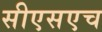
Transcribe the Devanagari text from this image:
सीएसएच